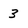
Character: 3